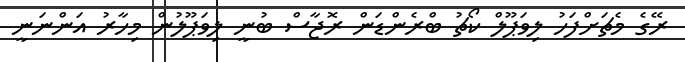
ރޭގެ މެޗަށްފަހު ލިވަޕޫލް ކޯޗު ބްރެންޑަން ރޮޖާސް ބުނީ ލިވަޕޫލުން މިހާރު އަންނަނީ